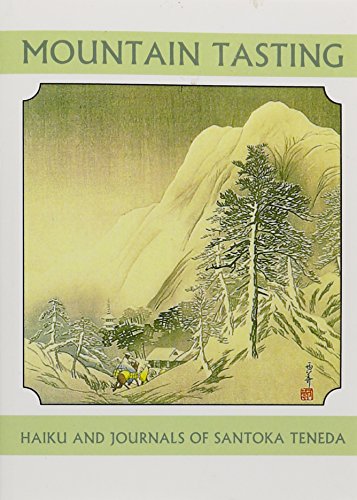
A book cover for Mountain Tasting (Companions for the Journey); Santoka Taneda; Literature & Fiction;